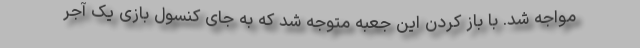
مواجه شد. با باز کردن این جعبه متوجه شد که به جای کنسول بازی یک آجر